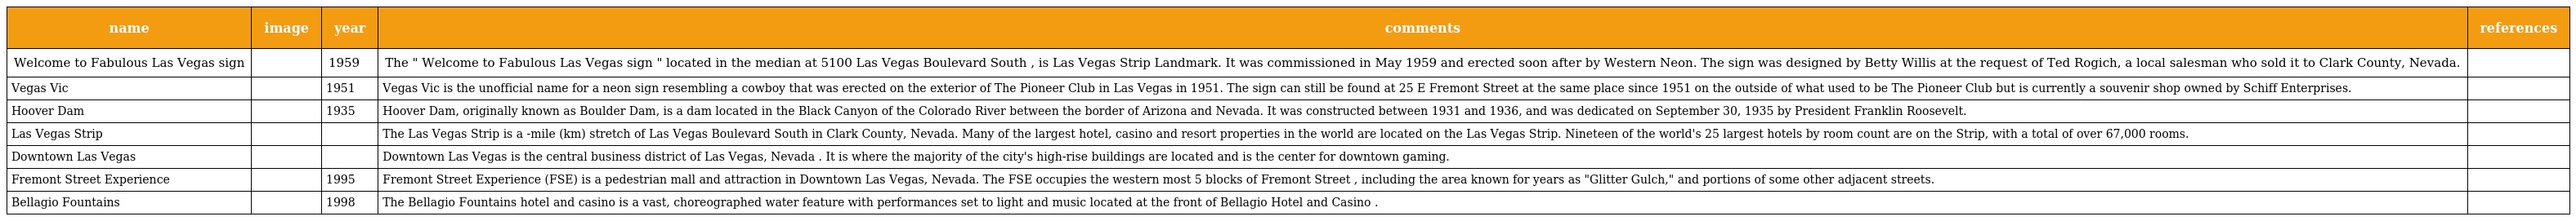
| name | image | year | comments | references |
 | --- | --- | --- | --- | --- |
 | Welcome to Fabulous Las Vegas sign |  | 1959 | The " Welcome to Fabulous Las Vegas sign " located in the median at 5100 Las Vegas Boulevard South , is Las Vegas Strip Landmark. It was commissioned in May 1959 and erected soon after by Western Neon. The sign was designed by Betty Willis at the request of Ted Rogich, a local salesman who sold it to Clark County, Nevada. |  |
 | Vegas Vic |  | 1951 | Vegas Vic is the unofficial name for a neon sign resembling a cowboy that was erected on the exterior of The Pioneer Club in Las Vegas in 1951. The sign can still be found at 25 E Fremont Street at the same place since 1951 on the outside of what used to be The Pioneer Club but is currently a souvenir shop owned by Schiff Enterprises. |  |
 | Hoover Dam |  | 1935 | Hoover Dam, originally known as Boulder Dam, is a dam located in the Black Canyon of the Colorado River between the border of Arizona and Nevada. It was constructed between 1931 and 1936, and was dedicated on September 30, 1935 by President Franklin Roosevelt. |  |
 | Las Vegas Strip |  |  | The Las Vegas Strip is a -mile (km) stretch of Las Vegas Boulevard South in Clark County, Nevada. Many of the largest hotel, casino and resort properties in the world are located on the Las Vegas Strip. Nineteen of the world's 25 largest hotels by room count are on the Strip, with a total of over 67,000 rooms. |  |
 | Downtown Las Vegas |  |  | Downtown Las Vegas is the central business district of Las Vegas, Nevada . It is where the majority of the city's high-rise buildings are located and is the center for downtown gaming. |  |
 | Fremont Street Experience |  | 1995 | Fremont Street Experience (FSE) is a pedestrian mall and attraction in Downtown Las Vegas, Nevada. The FSE occupies the western most 5 blocks of Fremont Street , including the area known for years as "Glitter Gulch," and portions of some other adjacent streets. |  |
 | Bellagio Fountains |  | 1998 | The Bellagio Fountains hotel and casino is a vast, choreographed water feature with performances set to light and music located at the front of Bellagio Hotel and Casino . |  |